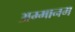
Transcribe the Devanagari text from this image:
अम्मानम